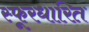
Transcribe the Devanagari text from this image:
स्फूरधारित